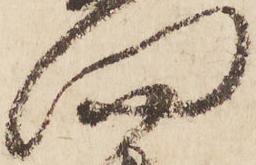
門